Reports on dispensaries and lunatic asylums in the Province of Oudh - 1869-1876
Year: 1869
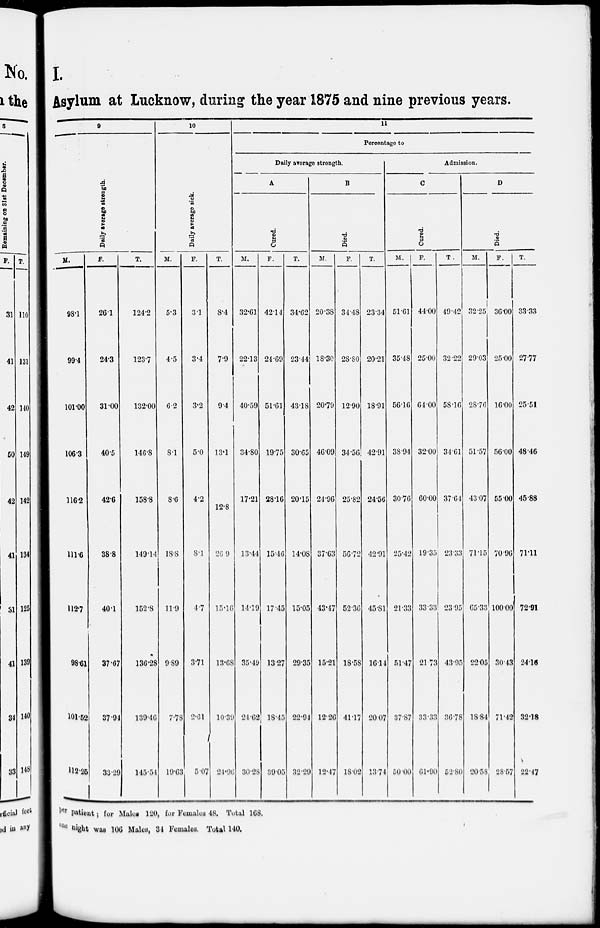
I.
Asylum at Lucknow, during the year 1875 and nine previous years.
9
Daily average strength.
M.
98.1
99.4
101.00
106.3
116.2
111.6
112.7
98.61
101.52
112.25
F.
26.1
24.3
31.00
40.5
42.6
38.8
40.1
37.67
37.94
33.29
T.
124.2
123.7
132.00
146.8
158.8
149.14
152.8
136.28
139.46
145.54
10
Daily average sick.
M.
5.3
4.5
6.2
8.1
8.6
18.8
11.9
9.89
7.78
19.63
F.
3.1
3.4
3.2
5.0
4.2
8.1
4.7
3.71
2.61
5.07
T.
8.4
7.9
9.4
13.1
12.8
26.9
15.16
13.68
10.39
24.96
11
Percentage to
Daily average strength.
A
Cured.
M.
32.61
22.13
40.59
34.80
17.21
13.44
14.19
35.49
24.62
30.28
F.
42.14
21.69
51.61
19.75
28.16
15.46
17.45
13.27
18.45
39.05
T.
34.62
23.44
43.18
30.65
20.15
14.08
15.05
29.35
22.94
32.29
B
Died.
M.
20.38
18.30
20.79
46.09
24.96
37.63
43.47
15.21
12.26
12.47
F.
34.48
28.80
12.90
34.56
25.82
56.72
52.36
18.58
41.17
18.02
T.
23.34
20.21
18.91
42.91
24.56
42.91
45.81
16.14
20.07
13.74
Admission.
C
Cured.
M.
51.61
35.48
56.16
38.94
30.76
25.42
21.33
51.47
37.87
50.00
F.
44.00
25.00
64.00
32.00
60.00
19.35
33.33
21.73
33.33
61.90
T.
49.42
32.22
58.10
34.61
37.64
23.33
23.95
43.95
36.78
52.80
D
Died.
M.
32.25
29.03
28.76
51.57
43.07
71.15
65.33
22.05
18.84
20.58
F.
36.00
25.00
16.00
56.00
55.00
70.96
100.00
30.43
71.42
28.57
T.
33.33
27.77
25.51
48.46
45.88
71.11
72.91
24.16
32.18
22.47
per patient; for Males 120, for Females 48. Total 168.
one night was 106 Males, 34 Females. Total 140.